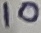
Text: 10